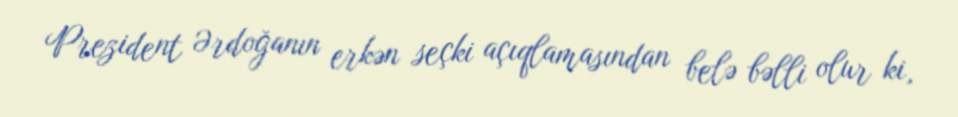
Prezident Ərdoğanın erkən seçki açıqlamasından belə bəlli olur ki,